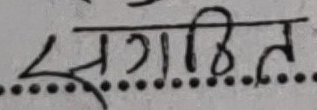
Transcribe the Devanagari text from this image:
संगति